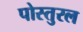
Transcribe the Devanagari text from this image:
पोस्तुरल